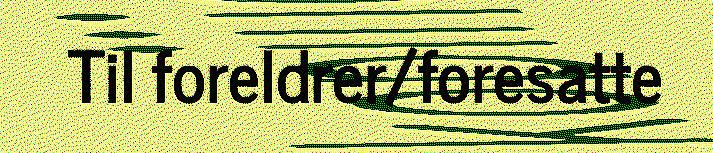
Til foreldrer/foresatte